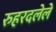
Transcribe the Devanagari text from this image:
रुहरदलेले